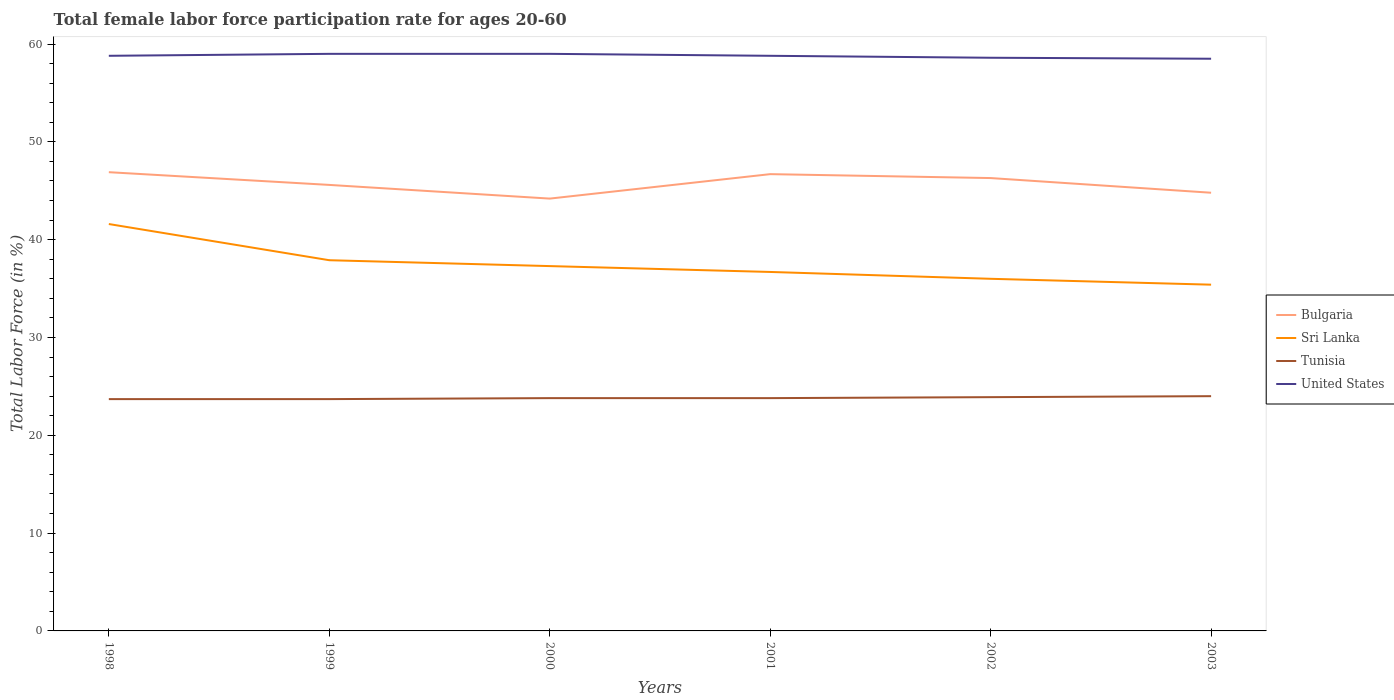
| Years | Bulgaria | Sri Lanka | Tunisia | United States |
 | --- | --- | --- | --- | --- |
 | 1998 | 46.9 | 41.6 | 23.7 | 58.8 |
 | 1999 | 45.6 | 37.9 | 23.7 | 59 |
 | 2000 | 44.2 | 37.3 | 23.8 | 59 |
 | 2001 | 46.7 | 36.7 | 23.8 | 58.8 |
 | 2002 | 46.3 | 36 | 23.9 | 58.6 |
 | 2003 | 44.8 | 35.4 | 24 | 58.5 |